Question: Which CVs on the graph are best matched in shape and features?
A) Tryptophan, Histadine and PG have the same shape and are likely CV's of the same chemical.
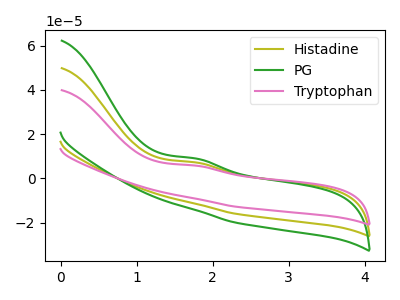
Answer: <think>The olive curve "Histadine" has an anodic peak at: (1.75V, 7.25uA). The green curve "PG" has an anodic peak at: (1.75V, 14.50uA). The pink curve "Tryptophan" has an anodic peak at: (1.75V, 5.80uA).
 All the peaks in "Histadine" have a peak in "PG" at the same potential. Every peak in "Histadine" is lower than every peak in "PG". All the peaks in "Histadine" have a peak in "Tryptophan" at the same potential. Every peak in "Histadine" is higher than every peak in "Tryptophan". All the peaks in "PG" have a peak in "Tryptophan" at the same potential. Every peak in "PG" is higher than every peak in "Tryptophan".</think>
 <answer>A) "Tryptophan", "Histadine" and "PG" have the same shape and are likely CV's of the same chemical.</answer>
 <eval>A</eval>